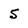
Character: 5